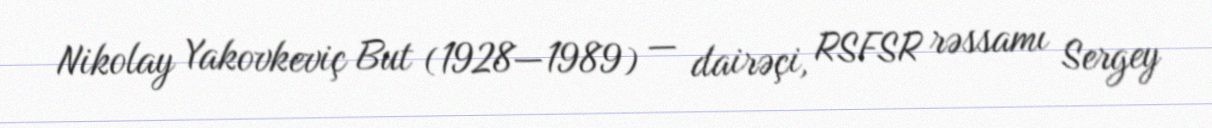
Nikolay Yakovkeviç But (1928—1989) — dairəçi, RSFSR rəssamı Sergey